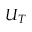
U _ { T }